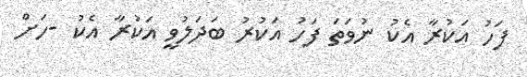
ފަހު އަކުރާ އެކު ނުވަތަ ފަހު އަކުރު ބަދަލުވީ އަކުރާ އެކު -ހަށް